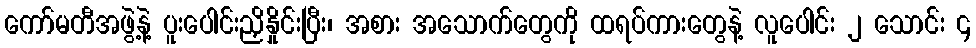
ကော်မတီအဖွဲ့နဲ့ ပူးပေါင်းညှိနှိုင်းပြီး၊ အစား အသောက်တွေကို ထရပ်ကားတွေနဲ့ လူပေါင်း ၂ သောင်း ၄